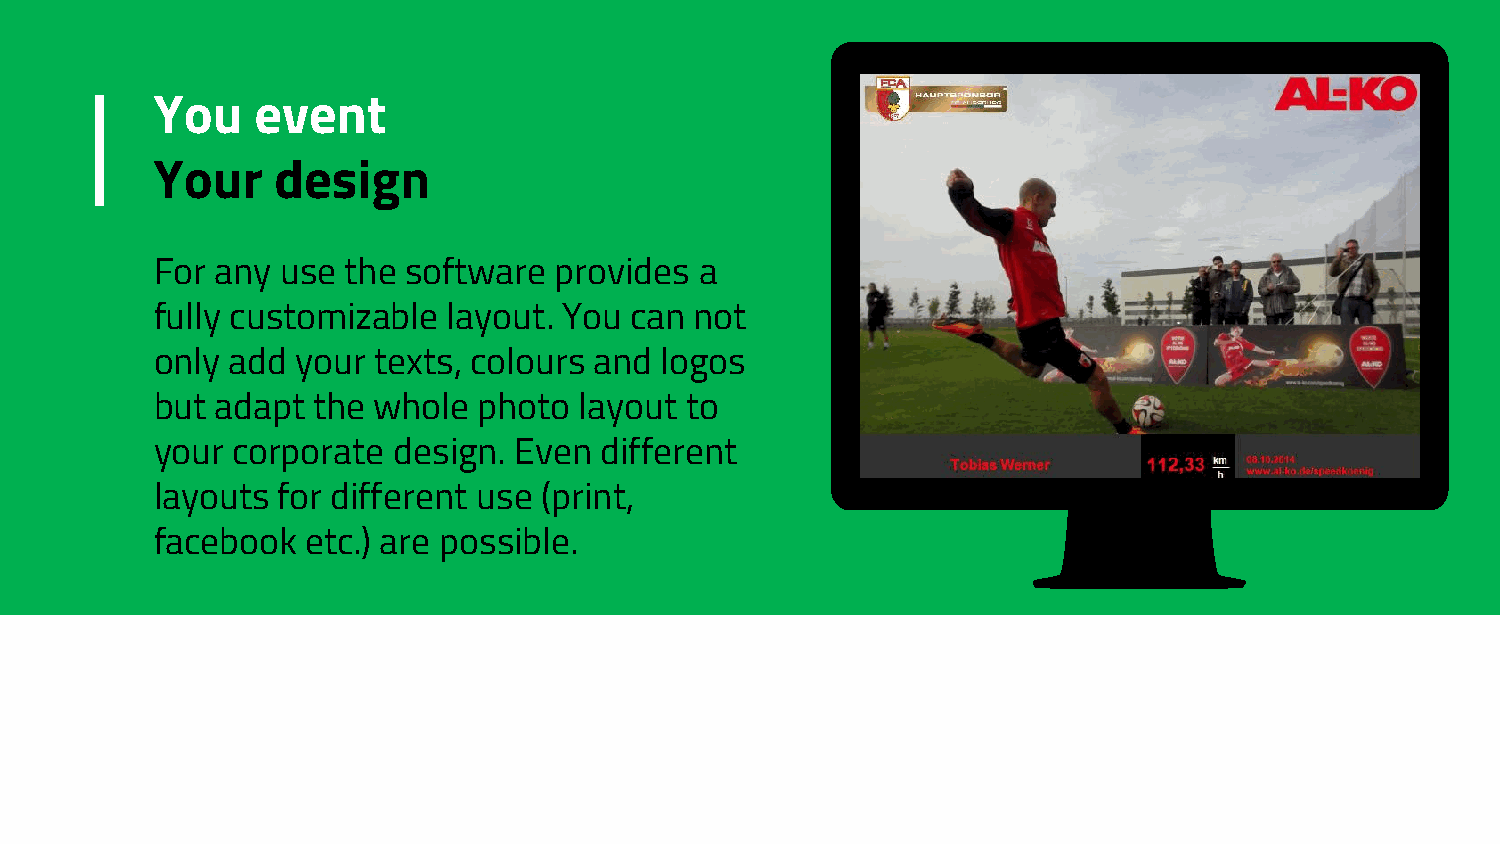
You    event
 Your    design
 For any  use the software  provides a
 fully customizable  layout. You can not
 only add  your texts, colours and logos
 but adapt  the whole  photo layout to
 your corporate  design. Even  different
 layouts for different use (print,
 facebook  etc.) are possible.